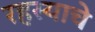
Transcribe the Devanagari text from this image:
रहस्याचे